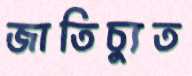
জাতিচ্যুত